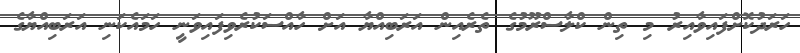
ހަރަދުކޮށްފައިވާއިރު މި ތިން ކްލާސްރޫމުގެ ތެރެއިން އަރަބިއްޔާ އަށް ހާއްސަކުރެވިފައިވަނީ ހަމައެކަނި އަރަބިއްޔާގެ